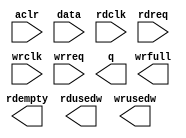
// megafunction wizard: %FIFO%VBB%
// GENERATION: STANDARD
// VERSION: WM1.0
// MODULE: dcfifo 

// ============================================================
// Megafunction Name(s):
// 			dcfifo
//
// Simulation Library Files(s):
// 			
// ============================================================
// ************************************************************
// THIS IS A WIZARD-GENERATED FILE. DO NOT EDIT THIS FILE!
//
// 18.0.0 Build 614 04/24/2018 SJ Lite Edition
// ************************************************************

//Copyright (C) 2018  Intel Corporation. All rights reserved.
//Your use of Intel Corporation's design tools, logic functions 
//and other software and tools, and its AMPP partner logic 
//functions, and any output files from any of the foregoing 
//(including device programming or simulation files), and any 
//associated documentation or information are expressly subject 
//to the terms and conditions of the Intel Program License 
//Subscription Agreement, the Intel Quartus Prime License Agreement,
//the Intel FPGA IP License Agreement, or other applicable license
//agreement, including, without limitation, that your use is for
//the sole purpose of programming logic devices manufactured by
//Intel and sold by Intel or its authorized distributors.  Please
//refer to the applicable agreement for further details.

module fifo_big (
	aclr,
	data,
	rdclk,
	rdreq,
	wrclk,
	wrreq,
	q,
	rdempty,
	rdusedw,
	wrfull,
	wrusedw);

	input	  aclr;
	input	[15:0]  data;
	input	  rdclk;
	input	  rdreq;
	input	  wrclk;
	input	  wrreq;
	output	[15:0]  q;
	output	  rdempty;
	output	[11:0]  rdusedw;
	output	  wrfull;
	output	[11:0]  wrusedw;
`ifndef ALTERA_RESERVED_QIS
// synopsys translate_off
`endif
	tri0	  aclr;
`ifndef ALTERA_RESERVED_QIS
// synopsys translate_on
`endif

endmodule

// ============================================================
// CNX file retrieval info
// ============================================================
// Retrieval info: PRIVATE: AlmostEmpty NUMERIC "0"
// Retrieval info: PRIVATE: AlmostEmptyThr NUMERIC "-1"
// Retrieval info: PRIVATE: AlmostFull NUMERIC "0"
// Retrieval info: PRIVATE: AlmostFullThr NUMERIC "-1"
// Retrieval info: PRIVATE: CLOCKS_ARE_SYNCHRONIZED NUMERIC "1"
// Retrieval info: PRIVATE: Clock NUMERIC "4"
// Retrieval info: PRIVATE: Depth NUMERIC "4096"
// Retrieval info: PRIVATE: Empty NUMERIC "1"
// Retrieval info: PRIVATE: Full NUMERIC "1"
// Retrieval info: PRIVATE: INTENDED_DEVICE_FAMILY STRING "Cyclone IV E"
// Retrieval info: PRIVATE: LE_BasedFIFO NUMERIC "0"
// Retrieval info: PRIVATE: LegacyRREQ NUMERIC "1"
// Retrieval info: PRIVATE: MAX_DEPTH_BY_9 NUMERIC "0"
// Retrieval info: PRIVATE: OVERFLOW_CHECKING NUMERIC "0"
// Retrieval info: PRIVATE: Optimize NUMERIC "2"
// Retrieval info: PRIVATE: RAM_BLOCK_TYPE NUMERIC "0"
// Retrieval info: PRIVATE: SYNTH_WRAPPER_GEN_POSTFIX STRING "0"
// Retrieval info: PRIVATE: UNDERFLOW_CHECKING NUMERIC "0"
// Retrieval info: PRIVATE: UsedW NUMERIC "1"
// Retrieval info: PRIVATE: Width NUMERIC "16"
// Retrieval info: PRIVATE: dc_aclr NUMERIC "1"
// Retrieval info: PRIVATE: diff_widths NUMERIC "0"
// Retrieval info: PRIVATE: msb_usedw NUMERIC "0"
// Retrieval info: PRIVATE: output_width NUMERIC "16"
// Retrieval info: PRIVATE: rsEmpty NUMERIC "1"
// Retrieval info: PRIVATE: rsFull NUMERIC "0"
// Retrieval info: PRIVATE: rsUsedW NUMERIC "1"
// Retrieval info: PRIVATE: sc_aclr NUMERIC "0"
// Retrieval info: PRIVATE: sc_sclr NUMERIC "0"
// Retrieval info: PRIVATE: wsEmpty NUMERIC "0"
// Retrieval info: PRIVATE: wsFull NUMERIC "1"
// Retrieval info: PRIVATE: wsUsedW NUMERIC "1"
// Retrieval info: LIBRARY: altera_mf altera_mf.altera_mf_components.all
// Retrieval info: CONSTANT: INTENDED_DEVICE_FAMILY STRING "Cyclone IV E"
// Retrieval info: CONSTANT: LPM_NUMWORDS NUMERIC "4096"
// Retrieval info: CONSTANT: LPM_SHOWAHEAD STRING "OFF"
// Retrieval info: CONSTANT: LPM_TYPE STRING "dcfifo"
// Retrieval info: CONSTANT: LPM_WIDTH NUMERIC "16"
// Retrieval info: CONSTANT: LPM_WIDTHU NUMERIC "12"
// Retrieval info: CONSTANT: OVERFLOW_CHECKING STRING "ON"
// Retrieval info: CONSTANT: RDSYNC_DELAYPIPE NUMERIC "3"
// Retrieval info: CONSTANT: READ_ACLR_SYNCH STRING "OFF"
// Retrieval info: CONSTANT: UNDERFLOW_CHECKING STRING "ON"
// Retrieval info: CONSTANT: USE_EAB STRING "ON"
// Retrieval info: CONSTANT: WRITE_ACLR_SYNCH STRING "OFF"
// Retrieval info: CONSTANT: WRSYNC_DELAYPIPE NUMERIC "3"
// Retrieval info: USED_PORT: aclr 0 0 0 0 INPUT GND "aclr"
// Retrieval info: USED_PORT: data 0 0 16 0 INPUT NODEFVAL "data[15..0]"
// Retrieval info: USED_PORT: q 0 0 16 0 OUTPUT NODEFVAL "q[15..0]"
// Retrieval info: USED_PORT: rdclk 0 0 0 0 INPUT NODEFVAL "rdclk"
// Retrieval info: USED_PORT: rdempty 0 0 0 0 OUTPUT NODEFVAL "rdempty"
// Retrieval info: USED_PORT: rdreq 0 0 0 0 INPUT NODEFVAL "rdreq"
// Retrieval info: USED_PORT: rdusedw 0 0 12 0 OUTPUT NODEFVAL "rdusedw[11..0]"
// Retrieval info: USED_PORT: wrclk 0 0 0 0 INPUT NODEFVAL "wrclk"
// Retrieval info: USED_PORT: wrfull 0 0 0 0 OUTPUT NODEFVAL "wrfull"
// Retrieval info: USED_PORT: wrreq 0 0 0 0 INPUT NODEFVAL "wrreq"
// Retrieval info: USED_PORT: wrusedw 0 0 12 0 OUTPUT NODEFVAL "wrusedw[11..0]"
// Retrieval info: CONNECT: @aclr 0 0 0 0 aclr 0 0 0 0
// Retrieval info: CONNECT: @data 0 0 16 0 data 0 0 16 0
// Retrieval info: CONNECT: @rdclk 0 0 0 0 rdclk 0 0 0 0
// Retrieval info: CONNECT: @rdreq 0 0 0 0 rdreq 0 0 0 0
// Retrieval info: CONNECT: @wrclk 0 0 0 0 wrclk 0 0 0 0
// Retrieval info: CONNECT: @wrreq 0 0 0 0 wrreq 0 0 0 0
// Retrieval info: CONNECT: q 0 0 16 0 @q 0 0 16 0
// Retrieval info: CONNECT: rdempty 0 0 0 0 @rdempty 0 0 0 0
// Retrieval info: CONNECT: rdusedw 0 0 12 0 @rdusedw 0 0 12 0
// Retrieval info: CONNECT: wrfull 0 0 0 0 @wrfull 0 0 0 0
// Retrieval info: CONNECT: wrusedw 0 0 12 0 @wrusedw 0 0 12 0
// Retrieval info: GEN_FILE: TYPE_NORMAL fifo_big.v TRUE
// Retrieval info: GEN_FILE: TYPE_NORMAL fifo_big.inc FALSE
// Retrieval info: GEN_FILE: TYPE_NORMAL fifo_big.cmp FALSE
// Retrieval info: GEN_FILE: TYPE_NORMAL fifo_big.bsf FALSE
// Retrieval info: GEN_FILE: TYPE_NORMAL fifo_big_inst.v FALSE
// Retrieval info: GEN_FILE: TYPE_NORMAL fifo_big_bb.v TRUE